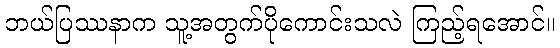
ဘယ်ပြဿနာက သူ့အတွက်ပိုကောင်းသလဲ ကြည့်ရအောင်။